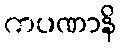
ကပဏာနိ